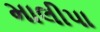
માલીપા